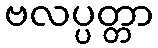
ဗလပ္ပတ္တာ